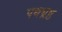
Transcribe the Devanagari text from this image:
पथभ्रष्ठ